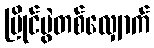
ပြိုင်ပွဲတစ်လျှောက်